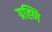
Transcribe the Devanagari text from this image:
ग्रह्णि